Vaccination North-Western Provinces and Oudh 1896-1901 - 1896-1901
Year: 1896
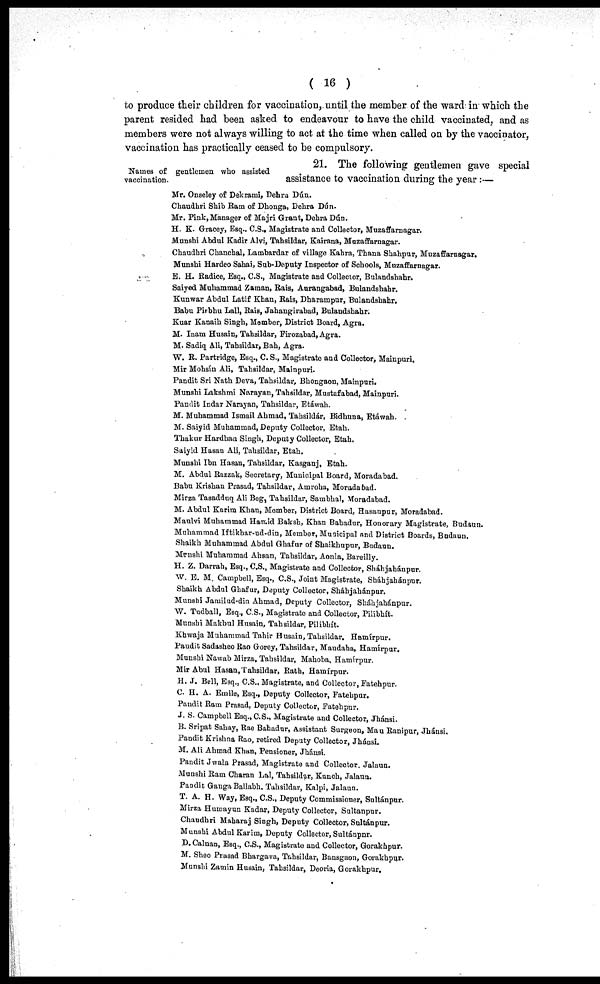
( 16 )
to produce their children for vaccination, until the member of the ward in which the
parent resided had been asked to endeavour to have the child vaccinated, and as
members were not always willing to act at the time when called on by the vaccinator,
vaccination has practically ceased to be compulsory.
Names of gentlemen who assisted
vaccination.
21. The following gentlemen gave special
assistance to vaccination during the year:—
Mr. Onseley of Dekrami, Dehra Dún.
Chaudhri Shib Ram of Dhonga, Dehra Dún.
Mr. Pink, Manager of Majri Grant, Debra Dún.
H. K. Gracey, Esq.. C.S., Magistrate and Collector, Muzaffarnagar.
Munshi Abdul Kadir Alvi, Tahsildar, Kairana, Muzaffarnagar.
Chaudhri Chanchal, Lambardar of village Kahra, Thana Shahpur, Muzaffarnagar.
Munshi Hardeo Sahai Sub-Deputy Inspector of Schools, Muzaffarnagar.
E. H. Radice, Esq., C.S., Magistrate and Collector, Bulandshahr.
Saiyed Muhammad Zaman, Rais, Aurangabad, Bulandshahr.
Kunwar Abdul Latif Khan, Rais, Dharampur, Bulandshahr.
Babu Pirbhu Lall, Rais, Jahangirabad, Bulandshahr.
Kuar Kanaih Singh, Member, District Board, Agra.
M. Inam Husain, Tahsildar, Firozabad, Agra.
M. Sadiq Ali, Tahsildar, Bah, Agra.
W. R. Partridge, Esq., C. S., Magistrate and Collector, Mainpuri.
Mir Mohsín Ali, Tahsildar, Mainpuri.
Pandit Sri Nath Deva, Tahsildar, Bhongaon, Mainpuri.
Munshi Lakshmi Narayan, Tahsildar, Mustafabad, Mainpuri.
Pandit Indar Narayan, Tahsildar, Etáwah.
M. Muhammad Ismail Ahmad, Tahsildár, Bidhnna, Etáwah.
M. Saiyid Muhammad, Deputy Collector, Etah.
Thakur Hardban Singh, Deputy Collector, Etah.
Saiyid Hasan Ali, Tahsildar, Etah.
Munshi Ibn Hasan, Tahsildar, Kasganj, Etah.
M. Abdul Razzak, Secretary, Municipal Board, Moradabad.
Babu Krishan Prasad, Tahsildar, Amroha, Moradabad.
Mirza Tasadduq Ali Beg, Tahsildar, Sambhal, Moradabad.
M. Abdul Karim Khan, Member, District Board, Hasanpur, Moradabad.
Maulvi Muhammad Hamid Baksh, Khan Bahadur, Honorary Magistrate, Budaun.
Muhammad Iftikhar-ud-din, Member, Municipal and District Boards, Budaun.
Shaikh Muhammad Abdul Ghafur of Shaikhupur, Budaun.
Munshi Muhammad Ahsan, Tahsildar, Aonla, Bareilly.
H. Z. Darrah, Esq., C.S., Magistrate and Collector, Sháhjahánpur.
W. E. M. Campbell, Esq., C.S., Joint Magistrate, Sháhjahánpur.
Shaikh Abdul Ghafur, Deputy Collector, Sháhjahánpur.
Munahi Jamilud-din Ahmad, Deputy Collector, Sháhjahánpur.
W. Tudball, Esq., C.S., Magistrate and Collector, Pilibhít.
Munshi Makbul Husain, Tahsildar, Pilibhít.
Khwaja Muhammad Tahir Husain, Tahsildar. Hamírpur.
Paudit Sadasheo Rao Gorey, Tahsildar, Maudaha, Hamírpur.
Munshi Nawab Mirza, Tahsildar, Mahoba, Hamírpur.
Mir Abul Hasan,Tahsildar, Rath, Hamírpur.
H. J. Bell, Esq., C.S., Magistrate, and Collector, Fatehpur.
C. H. A. Emile, Esq., Deputy Collector, Fatehpur.
Paudit Ram Prasad, Deputy Collector, Fatehpur.
J. S. Campbell Esq.,C.S., Magistrate and Collector, Jhánsi.
B. Sripat Sahay, Rae Bahadur, Assistant Surgeon, Mau Ranipur, Jhánsi,
Pandit Krishna Rao, retired Deputy Collector, Jhánsi.
M. Ali Ahmad Khan, Pensioner, Jhánsi.
Pandit Jwala Prasad, Magistrate and Collector. Jalaun.
Munshi Ram Charan Lal, Tahsildar, Kunch, Jalaun.
Pandit Ganga Ballabh. Tahsildar, Kalpi, Jalaun.
T. A. H. Way, Esq., C.S., Deputy Commissioner, Sultánpur.
Mirza Humayun Kadar, Deputy Collector, Sultanpur.
Chaudhri Maharaj Singh, Deputy Collector, Snltánpur.
Munshi Abdul Karim, Deputy Collector, Sultánpur.
D. Calnan, Esq., C.S., Magistrate and Collector, Gorakhpur.
M. Sheo Prasad Bhargava, Tahsildar, Bansgaon, Gorakhpur.
Munshi Zamin Husain, Tahsildar, Deoria, Gorakhpur.